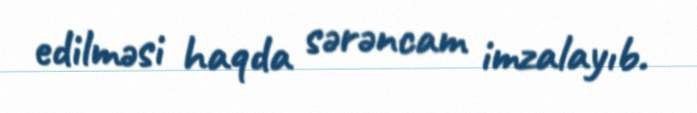
edilməsi haqda sərəncam imzalayıb.